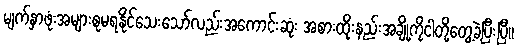
မျက်နှာဖုံးအများစုမရနိုင်သေးသော်လည်းအကောင်းဆုံး အစားထိုးနည်းအချို့ကိုငါတို့တွေ့ခဲ့ပြီးပြီ။